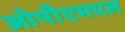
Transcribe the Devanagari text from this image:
ओपीएमएल